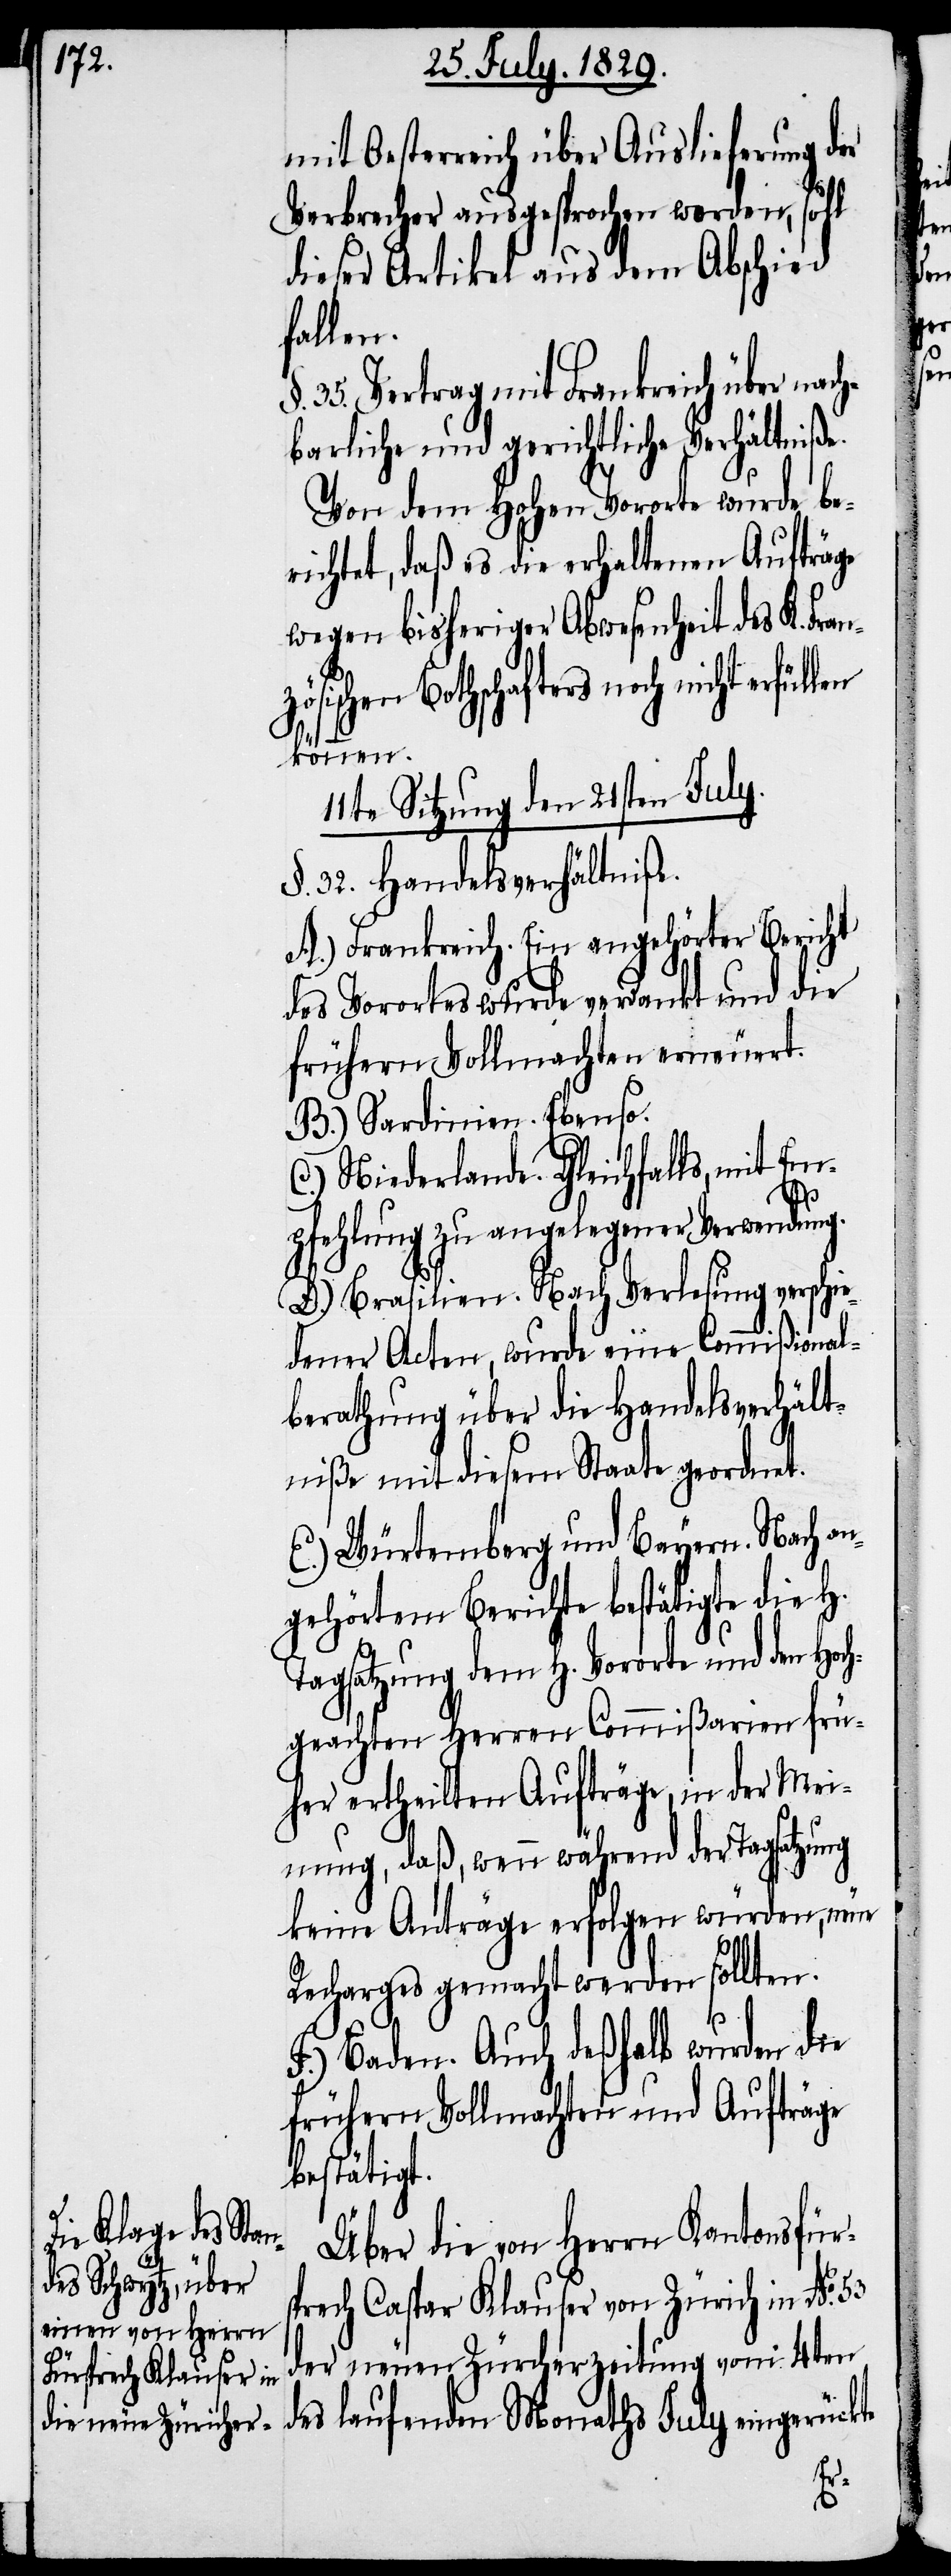
mit Oesterreich über Auslieferung der
Verbrecher ausgesprochen worden,
dieser Artikel aus dem Abschied
füllen
35. Vertrag mit Frankreich über nac¬
hbarliche und gerichtliche Verhältniße.
Von dem Hohen Vororte wurde be¬
richtet, daß es die erhaltenen Aufträge
wegen bisheriger Abwesenheit des K. Fr¬
sischen Bothschafters noch nicht
können.
11te Sitzung den 21sten July.
§. 32. Handelsverhältniße.
A.) Frankreich. Ein angehörter Bericht
des Vorortes wurde verdankt und die
frühern Vollmachten erneuert.
B.) Sardinien. Ebenso.
C.) Niederlande. Gleichfalls, mit Em¬
anzö¬
pfehlung zu angelegener Verwendung.
D.) Brasilien. Nach Verlesung verschi¬
edener Acten, wurde eine Commißional¬
berathung über die Handelsverhält¬
niße mit diesem Staate geordnet.
E.) Würtemberg und Bayern. Nach an¬
gehörtem Berichte bestätigte die H.
Tagsatzung dem H. Vororte und den Hoc¬
hgeachten Herren Commißarien frü¬
her ertheilten Aufträge, in der Mei¬
nung, daß, wenn während der Tagsatzung
keine Anträge erfolgen würden, neue
Recharges gemacht werden sollten.
F.) Baden. Auch deßhalb wurden die
frühern Vollmachten und Aufträge
bestätigt.
Über die von Herrn Kantonsfür¬
sprech Caspar Klauser von Zürich in No.
der neuen Zürcherzeitung vom 4ten
des laufenden Monaths July eingerückte
53.

er¬